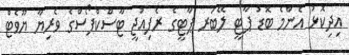
އިދިކޮޅު އެންމެ ބޮޑު ޕާޓީ ލޭބަރ ޕާޓީގެ ރެފިއުޖީ ޓާސްކްފޯސްގެ ވެރިޔާ ޔޫވެޓް